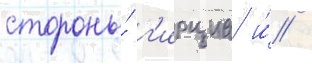
стороны́ г'ирциа и́ /